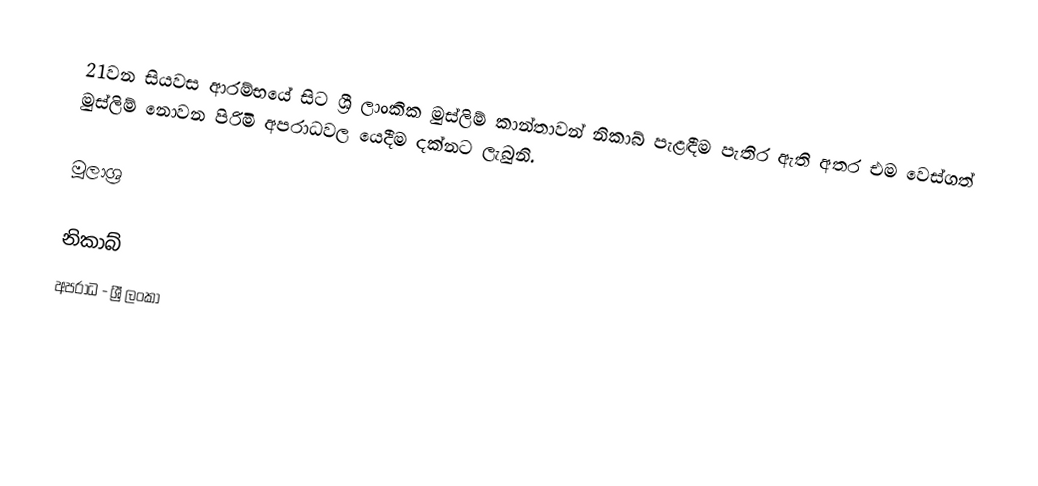
21වන සියවස ආරම්භයේ සිට ශ්‍රී ලාංකික මුස්ලිම් කාන්තාවන් නිකාබ් පැළඳීම පැතිර ඇති අතර එම වෙස්ගත් මුස්ලිම් නොවන පිරිමි අපරාධවල යෙදීම දක්නට ලැබුනි.

මූලාශ්‍ර

නිකාබ්
අපරාධ - ශ්‍රී ලංකා